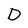
Character: D